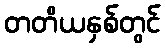
တတိယနှစ်တွင်